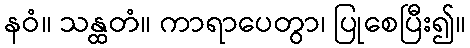
နဝံ။ သန္ထတံ။ ကာရာပေတွာ၊ ပြုစေပြီး၍။